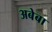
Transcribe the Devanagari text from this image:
अबेबा